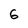
Character: 6